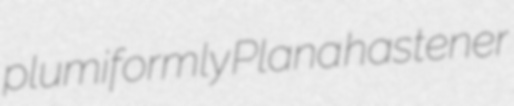
plumiformly Plana hastener